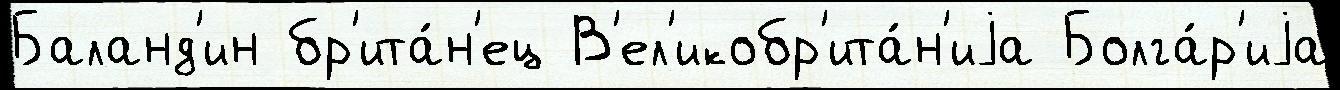
Баланд'ин бр'ита́н'ец В'ел'икобр'ита́н'иjа Болга́р'иjа